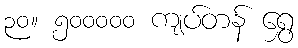
၃၀။ ၅၀၀၀၀၀ ကျပ်တန် ရွှေ